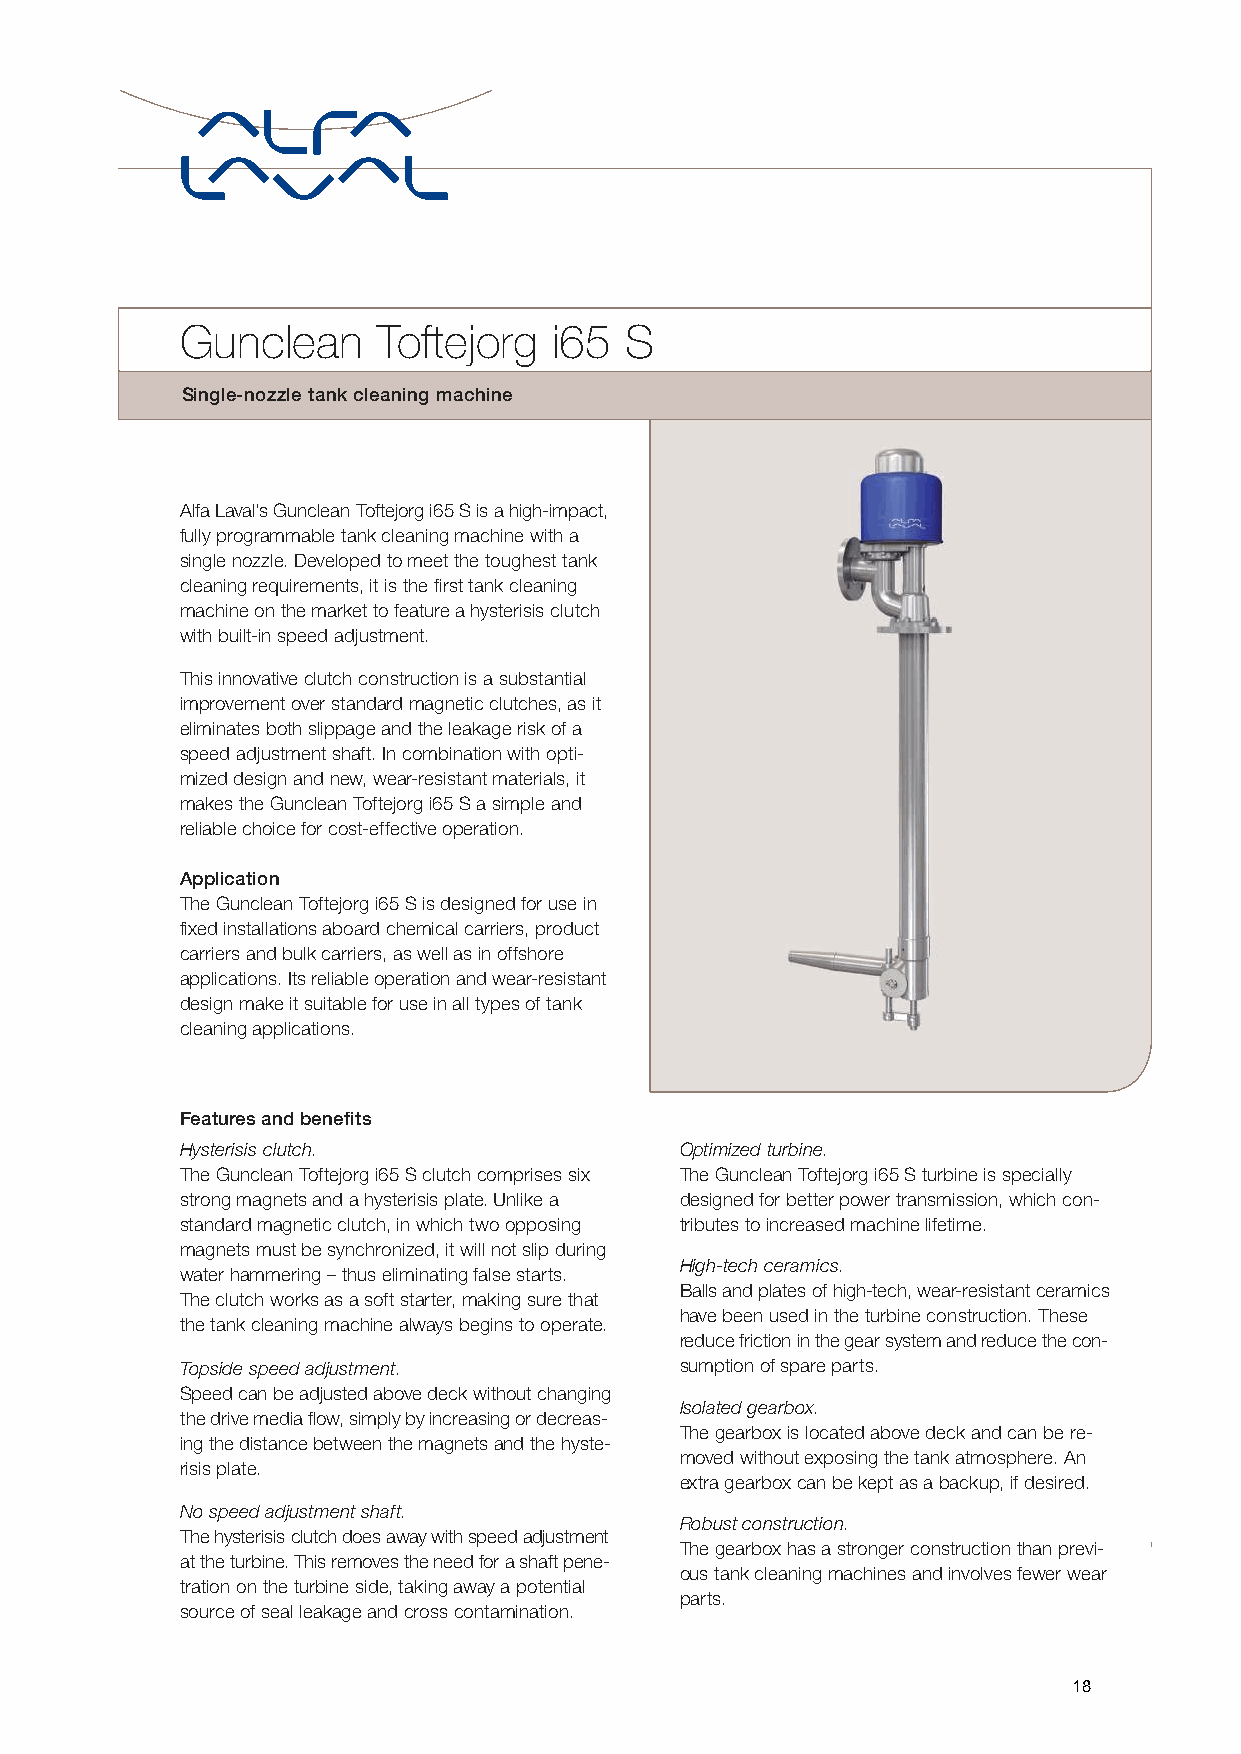
Gunclean     Toftejorg   i65 S
 Single-nozzle tank cleaning machine
 Alfa Laval’s Gunclean Toftejorg i65 S is a high-impact,
 fully programmable tank cleaning machine with a
 single nozzle. Developed to meet the toughest tank
 cleaning requirements, it is the first tank cleaning
 machine on the market to feature a hysterisis clutch
 with built-in speed adjustment.
 This innovative clutch construction is a substantial
 improvement over standard magnetic clutches, as it
 eliminates both slippage and the leakage risk of a
 speed adjustment shaft. In combination with opti-
 mized design and new, wear-resistant materials, it
 makes the Gunclean Toftejorg i65 S a simple and
 reliable choice for cost-effective operation.
 Application
 The Gunclean Toftejorg i65 S is designed for use in
 fixed installations aboard chemical carriers, product
 carriers and bulk carriers, as well as in offshore
 applications. Its reliable operation and wear-resistant
 design make it suitable for use in all types of tank
 cleaning applications.
 Features and benefits
 Hysterisis clutch.               Optimized turbine.
 The Gunclean Toftejorg i65 S clutch comprises six The Gunclean Toftejorg i65 S turbine is specially
 strong magnets and a hysterisis plate. Unlike a designed for better power transmission, which con-
 standard magnetic clutch, in which two opposing tributes to increased machine lifetime.
 magnets must be synchronized, it will not slip during
 High-tech ceramics.
 water hammering – thus eliminating false starts.
 Balls and plates of high-tech, wear-resistant ceramics
 The clutch works as a soft starter, making sure that
 have been used in the turbine construction. These
 the tank cleaning machine always begins to operate.
 reduce friction in the gear system and reduce the con-
 Topside speed adjustment.        sumption of spare parts.
 Speed can be adjusted above deck without changing
 Isolated gearbox.
 the drive media flow, simply by increasing or decreas-
 The gearbox is located above deck and can be re-
 ing the distance between the magnets and the hyste-
 moved without exposing the tank atmosphere. An
 risis plate.
 extra gearbox can be kept as a backup, if desired.
 No speed adjustment shaft.
 Robust construction.
 The hysterisis clutch does away with speed adjustment
 The gearbox has a stronger construction than previ-
 at the turbine. This removes the need for a shaft pene-
 ous tank cleaning machines and involves fewer wear
 tration on the turbine side, taking away a potential
 parts.
 source of seal leakage and cross contamination.
 18